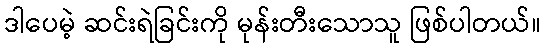
ဒါပေမဲ့ ဆင်းရဲခြင်းကို မုန်းတီးသောသူ ဖြစ်ပါတယ်။